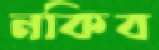
নকিব